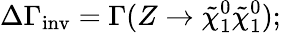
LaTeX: \Delta\Gamma_{\mathrm{inv}}=\Gamma(Z\rightarrow\tilde{\chi}_{1}^{0}\tilde{\chi}_{1}^{0});